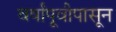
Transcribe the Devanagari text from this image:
वर्षांपूवीपासून